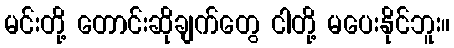
မင်းတို့ တောင်းဆိုချက်တွေ ငါတို့ မပေးနိုင်ဘူး။